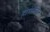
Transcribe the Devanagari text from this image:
होमेरितेस